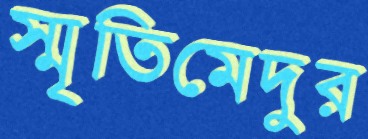
স্মৃতিমেদুর